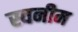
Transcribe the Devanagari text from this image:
स्वनीम